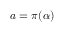
a = \pi ( \alpha )